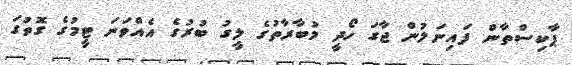
ޕާކިސްތާން ފައިނަލުން ޖާގަ ހޯދީ މުބާރާތުގެ ލީގު ބުރުގެ އެއްވަނަ ޓީމުގެ ގޮތުގަ